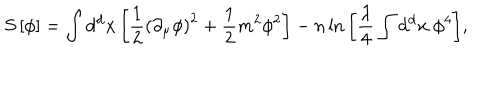
LaTeX: S \left[ \phi \right] = \int \mathrm { d ^ { d } } x \left[ { \frac { 1 } { 2 } } \left( \partial _ { \mu } \phi \right) ^ { 2 } + { \frac { 1 } { 2 } } m ^ { 2 } \phi ^ { 2 } \right] - n \ln { \left[ { \frac { \lambda } { 4 } } \int \mathrm { d ^ { d } } x \ \phi ^ { 4 } \right] } ,